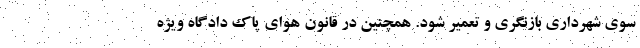
سوی شهرداری بازنگری و تعمیر شود. همچنین در قانون هوای پاک دادگاه ویژه